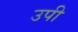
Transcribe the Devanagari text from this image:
उपी